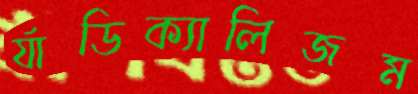
র‍্যাডিক্যালিজম